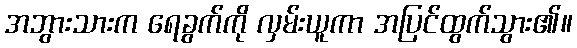
အဘွားသားက ရေခွက်ကို လှမ်းယူကာ အပြင်ထွက်သွား၏။